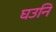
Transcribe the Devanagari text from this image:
घउनि